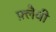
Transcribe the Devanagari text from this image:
फ़्लैवी